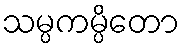
သမ္ပကမ္ပိတော